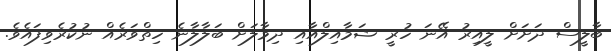
ބާލީސް ދަށަށް ލީއިރު އޭނަ ހުރީ ޝަމާއިލްއާއި ދިމާލަށް ބަލާލާނެ ހިތްވަރެއް ނުކުރެވިފައެވެ.